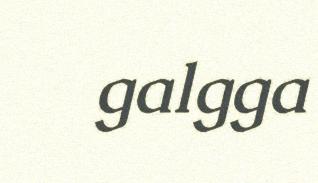
galgga